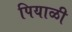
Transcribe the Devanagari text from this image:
पियाळी